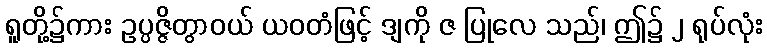
ရူတို့၌ကား ဥပ္ပဇ္ဇိတွာဝယ် ယဝတံဖြင့် ဒျကို ဇ ပြုလေ သည်၊ ဤ၌ ၂ ရုပ်လုံး